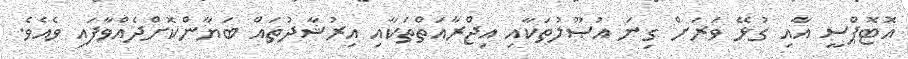
އޮޓޮޕްސީ އާއި ގުޅޭ ވަރަށް ގިނަ އުޞޫލުތަކާއި އިޖްރާއަތްތަކާއި އިރުޝާދުތައް ބަޔާންކޮށްދެއްވާފައި ވެއެވެ.